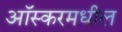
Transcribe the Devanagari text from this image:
आॅस्करमधील